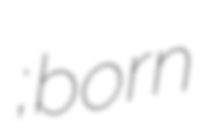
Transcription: Рауфович Ашурбейли; born